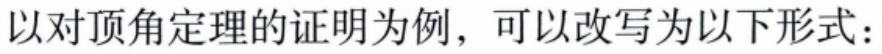
以对顶角定理的证明为例，可以改写为以下形式：